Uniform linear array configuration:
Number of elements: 48
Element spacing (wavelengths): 0.25
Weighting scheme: binomial
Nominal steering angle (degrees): -30
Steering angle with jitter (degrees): -30.239
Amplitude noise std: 0.05
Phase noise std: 0.05

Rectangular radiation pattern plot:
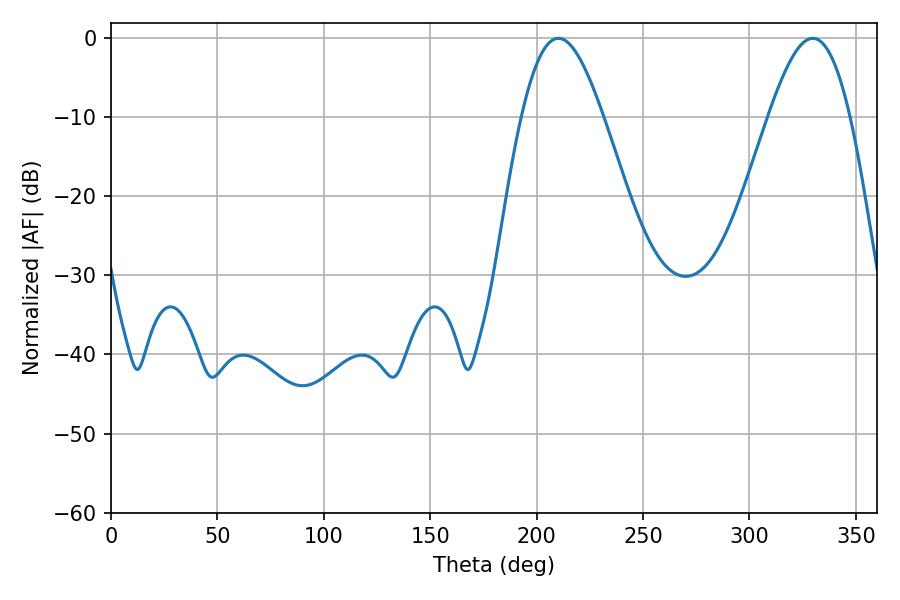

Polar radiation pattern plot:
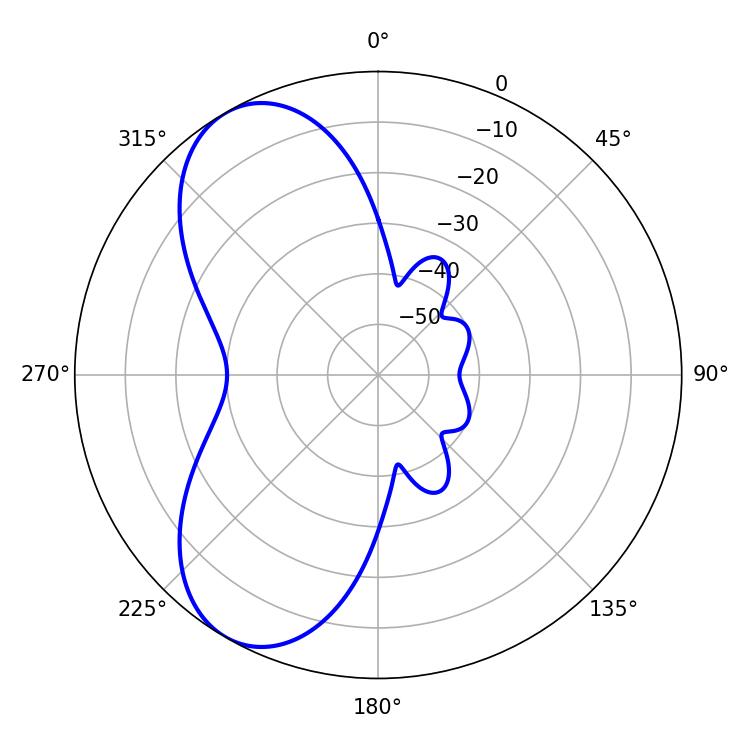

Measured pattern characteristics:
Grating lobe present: FALSE
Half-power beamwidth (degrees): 20.52
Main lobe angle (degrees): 210.24